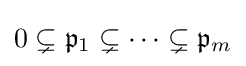
0\subsetneq {\mathfrak {p}}_{1}\subsetneq \cdots \subsetneq {\mathfrak {p}}_{m}